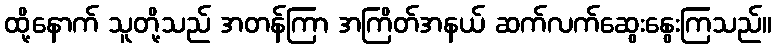
ထို့နောက် သူတို့သည် အတန်ကြာ အကြိတ်အနယ် ဆက်လက်ဆွေးနွေးကြသည်။